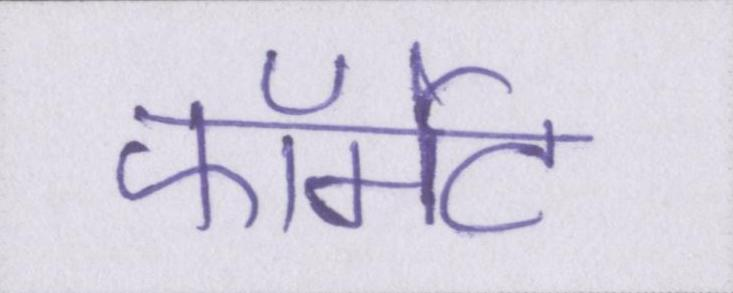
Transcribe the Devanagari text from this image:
फॉर्मेट